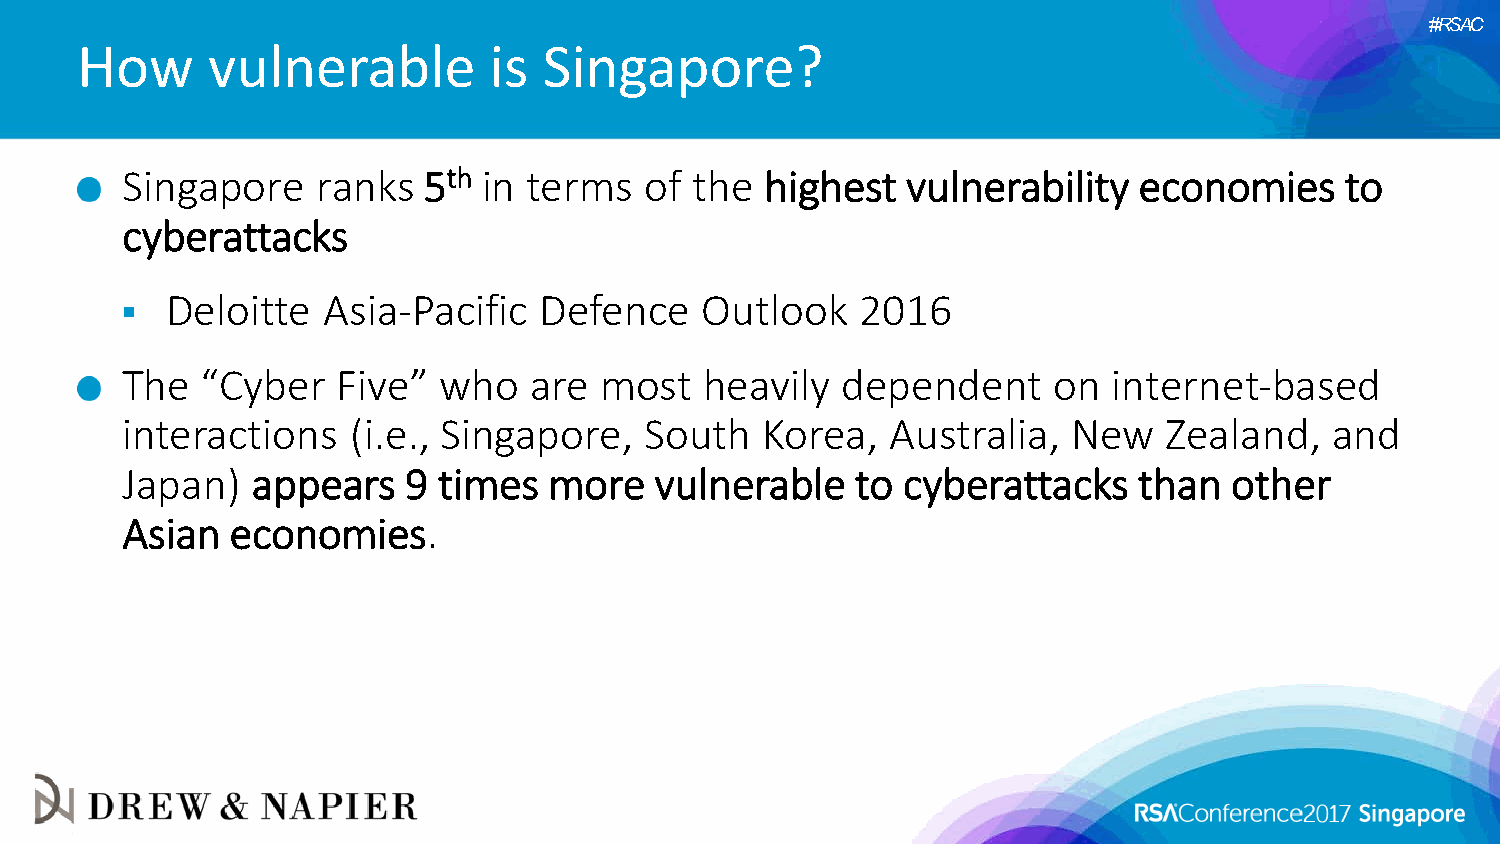
#RSAC
 How      vulnerable        is  Singapore?
 Singapore    ranks  5th in terms   of the  highest  vulnerability  economies     to
 cyberattacks
   Deloitte  Asia-Pacific   Defence   Outlook    2016
 The  “Cyber   Five”  who   are  most   heavily  dependent     on  internet-based
 interactions   (i.e., Singapore,   South   Korea,  Australia,  New   Zealand,   and
 Japan)   appears   9 times  more   vulnerable    to cyberattacks   than  other
 Asian  economies.